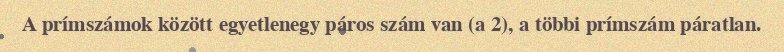
A prímszámok között egyetlenegy páros szám van (a 2), a többi prímszám páratlan.